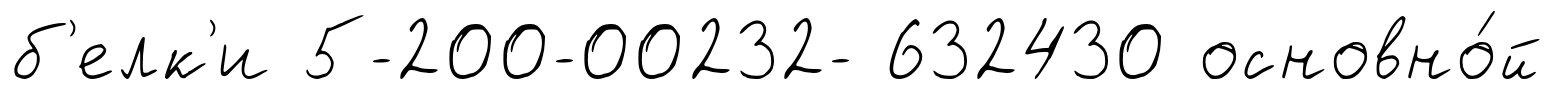
б'елк'и 5-200-00232- 632430 основно́й